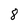
Character: 8